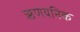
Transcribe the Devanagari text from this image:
ऋणयनिक